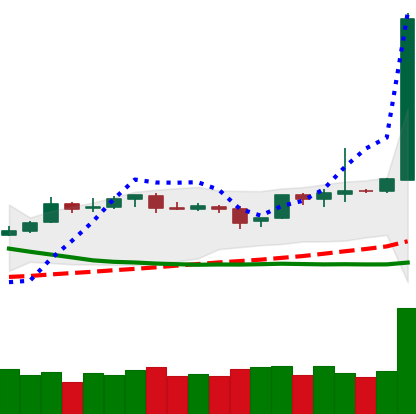
Ticker: BTC-USD
Chart end date: 2019-04-02
Forward return: 6.537%
Label: up_5_7